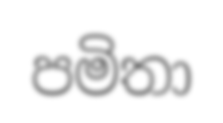
පමිතා